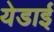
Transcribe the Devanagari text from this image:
येडाई